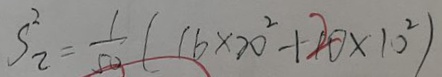
S _ { 2 } ^ { 2 } = \frac { 1 } { 5 0 } ( 1 6 \times 2 0 ^ { 2 } + 2 0 \times 1 0 ^ { 2 } )